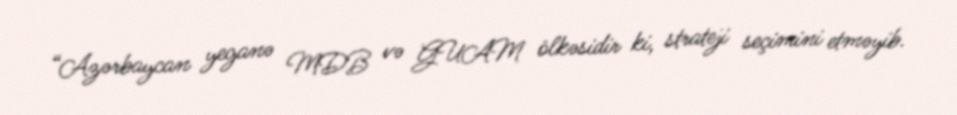
“Azərbaycan yeganə MDB və GUAM ölkəsidir ki, strateji seçimini etməyib.